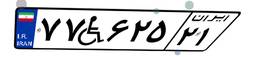
۵۲W۶۶۷۹۴